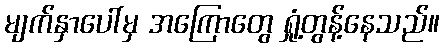
မျက်နှာပေါ်မှ အကြောတွေ ရှုံ့တွန့်နေသည်။